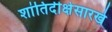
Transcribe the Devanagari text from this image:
शांतिदीक्षेसारखे